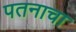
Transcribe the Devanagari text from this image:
पतनाचा